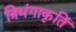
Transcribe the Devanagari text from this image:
त्रिभंगाकृतिं